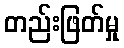
တည်းဖြတ်မှု